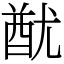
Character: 𨠫